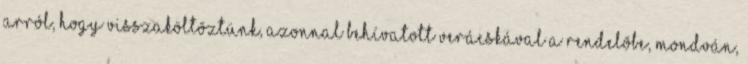
arról, hogy visszaköltõztünk, azonnal behívatott Verácskával a rendelõbe, mondván,